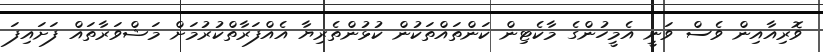
ވޮރިއާއިން ވެސް ވަނީ އެމީހުންގެ މާކެޓިން ކަންތައްތަކުން ކުޅުންތެރިޔާ އެއްފަރާތްކުރުމަށް މަޝްވަރާތައް ފަށައިފަ